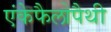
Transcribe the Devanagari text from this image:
एंकेफैलोपैथी